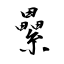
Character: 纍